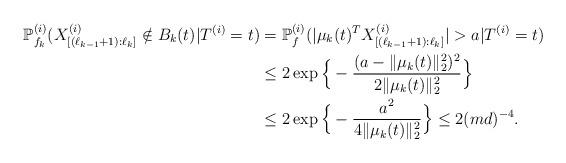
LaTeX: \begin{align*} \mathbb{P}_{{f}_k}^{(i)}({X}_{[(\ell_{k-1}+1):\ell_k]}^{(i)}\notin B_k(t)| T^{(i)}=t)&= \mathbb{P}_f^{(i)}( |\mu_k(t)^T {X}_{{[(\ell_{k-1}+1):\ell_k]}}^{(i)}| > a|T^{(i)}=t)\\&\leq 2 \exp\Big\{-\frac{ (a-\|\mu_k(t)\|_2^2)^2}{2\|\mu_k(t)\|_2^2}\Big\}\\&\leq 2 \exp\Big\{-\frac{ a^2}{4\|\mu_k(t)\|_2^2}\Big\}\leq 2 (md)^{-4}.\end{align*}